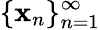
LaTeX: \{ \mathbf{x}_{n}\} _{n=1}^{\infty}